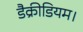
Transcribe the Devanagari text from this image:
डैक्रीडियम।